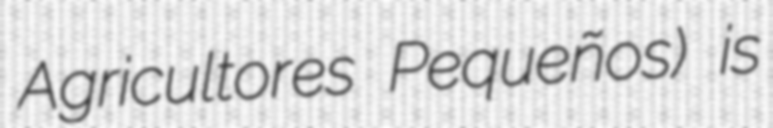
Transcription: Agricultores Pequeños) is